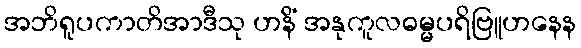
အဘိရူပကာတိအာဒီသု ဟနိံ အနုကူလဓမ္မပရိဗြူဟနေန